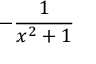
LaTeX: - { \frac { 1 } { x ^ { 2 } + 1 } }